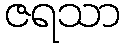
ဇရသာ